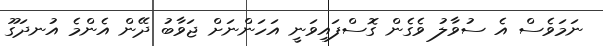
ނަމަވެސް އެ ސުވާލު ވެގެން ގޮސްފައިވަނީ އަހަންނަށް ޖަވާބު ދޭން އެންމެ އުނދަގޫ